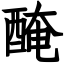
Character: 醃